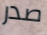
صدر